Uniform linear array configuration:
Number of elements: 64
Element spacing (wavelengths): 0.5
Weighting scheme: blackman
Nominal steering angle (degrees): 15
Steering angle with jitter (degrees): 14.929
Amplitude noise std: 0.05
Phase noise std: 0.05

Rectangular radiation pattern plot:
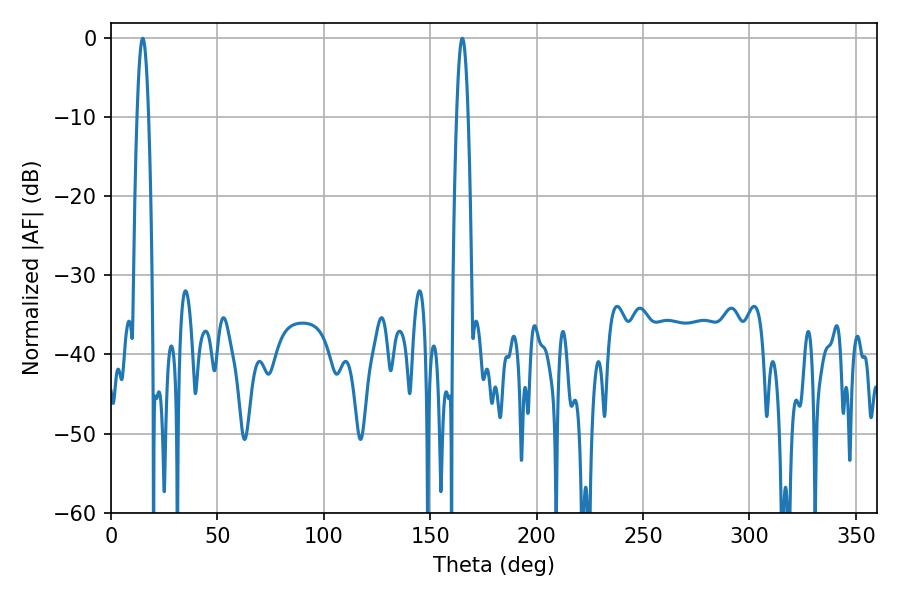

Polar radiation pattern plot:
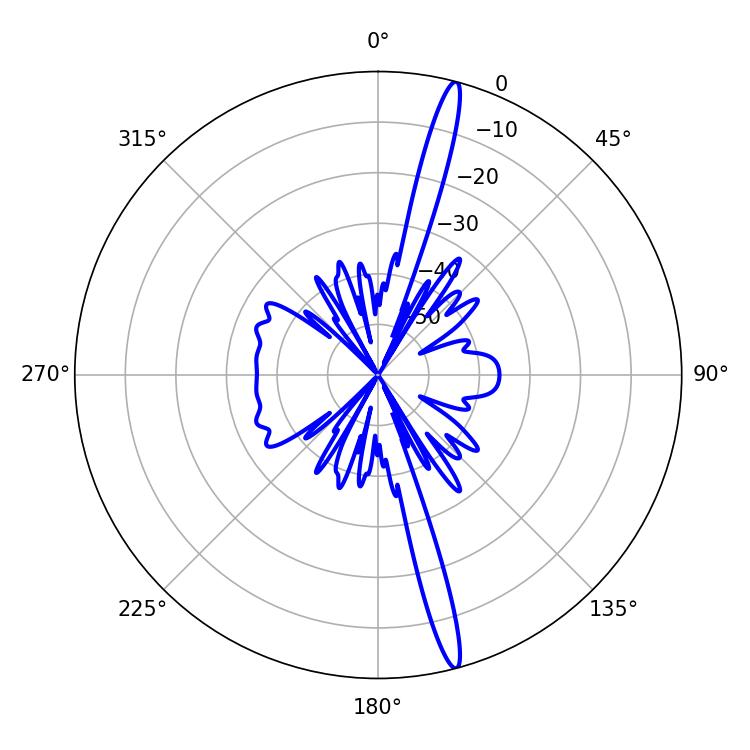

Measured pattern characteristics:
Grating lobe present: FALSE
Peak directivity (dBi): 18.376
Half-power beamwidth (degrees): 2.88
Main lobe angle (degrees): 165.06